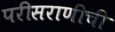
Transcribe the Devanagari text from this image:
परीसराणीची